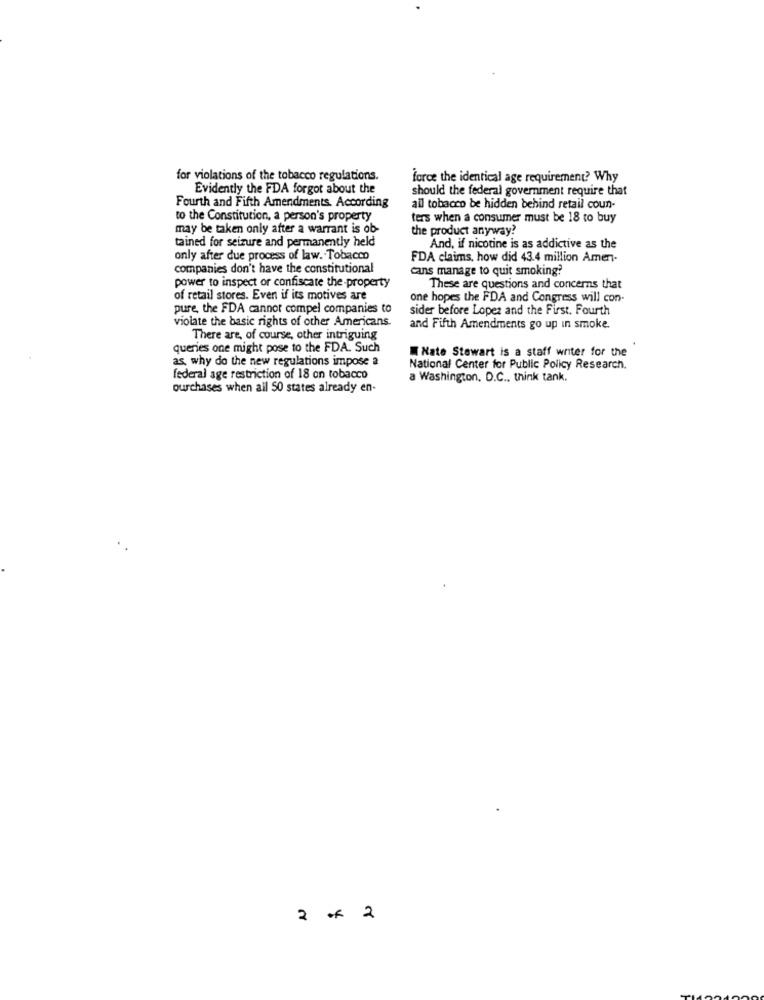
for violations of the tobacco regulations.
force the identical age requirement? Why
Evidently the FDA forgot about the
should the federal government require that
Fourth and Fifth Amendments. According
all tobacco be hidden behind retail coun-
to the Constitution, a person's property
ters when a consumer must be 18 to buy
may be taken only after a warrant is ob-
the product anyway?
tained for seizure and permanently held
And, if nicotine is as addictive as the
only after due process of law. Tobacco
FDA claims, how did 43.4 million Amen-
companies don't have the constitutional
cans manage to quit smoking:
power to inspect or confiscate the-property
These are questions and concerns that
of retail stores. Even if its motives are
one hopes the FDA and Congress will con-
pure, the FDA cannot compel companies to
sider before Lopez and the First. Fourth
violate the basic rights of other Americans.
and Fifth Amendments go up in smoke.
There are, of course, other intriguing
queries one might pose to the FDA. Such
Nate Stewart is a staff writer for the
as why do the new regulations impose a
National Center for Public Policy Research.
federal age restriction of 18 on tobacco
a Washington, D.C ., think tank.
purchases when all 50 states already en-
2 of 2